Report of the Bombay Plague Committee
Disease focus: Plague
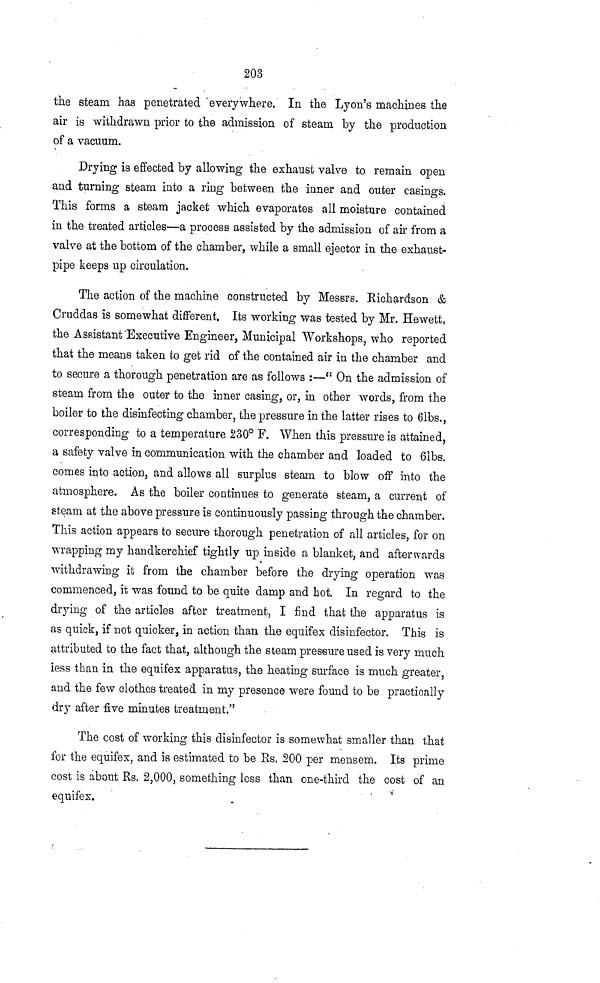
203
the steam has penetrated everywhere. In the Lyon's machines the
air is withdrawn prior to the admission of steam by the production
of a vacuum.
Drying is effected by allowing the exhaust valve to remain open
and turning steam into a ring between the inner and outer casings.
This forms a steam jacket which evaporates all moisture contained
in the treated articles—a process assisted by the admission of air from a
valve at the bottom of the chamber, while a small ejector in the exhaust-
pipe keeps up circulation.
The action of the machine constructed by Messrs. Richardson &
Cruddas is somewhat different. Its working was tested by Mr. Hewett,
the Assistant Executive Engineer, Municipal Workshops, who reported
that the means taken to get rid of the contained air in the chamber and
to secure a thorough penetration are as follows :—" On the admission of
steam from the outer to the inner casing, or, in other words, from the
boiler to the disinfecting chamber, the pressure in the latter rises to 61bs.,
corresponding to a temperature 230° F. When this pressure is attained,
a safety valve in communication with the chamber and loaded to 6ibs.
comes into action, and allows all surplus steam to blow off into the
atmosphere. As the boiler continues to generate steam, a current of
steam at the above pressure is continuously passing through the chamber.
This action appears to secure thorough penetration of all articles, for on
wrapping my handkerchief tightly up inside a blanket, and afterwards
withdrawing it from the chamber before the drying operation was
commenced, it was found to be quite clamp and hot. In regard to the
drying of the articles after treatment, I find that the apparatus is
as quick, if not quicker, in action than the equifex disinfector. This is
attributed to the fact that, although the steam pressure used is very much
less than in the equifex apparatus, the heating surface is much greater,
and the few clothes treated in my presence were found to be practically
dry after five minutes treatment."
The cost of working this disinfector is somewhat smaller than that
for the equifex, and is estimated to be Rs, 200 per mensem. Its prime
cost is about Rs. 2,000, something less than one-third the cost of an
equifex.